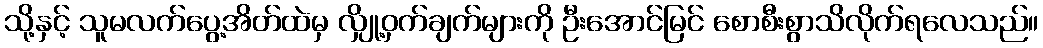
သို့နှင့် သူမလက်ပွေ့အိတ်ထဲမှ လျှို့ဝှက်ချက်များကို ဦးအောင်မြင် စောစီးစွာသိလိုက်ရလေသည်။